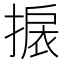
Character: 𢲙